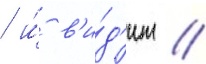
/ и́ в'и́д'ит /